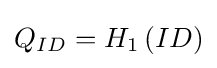
\textstyle Q_{ID}=H_{1}\left(ID\right)